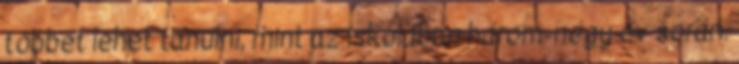
többet lehet tanulni, mint az iskolában három-négy év során.